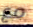
مع